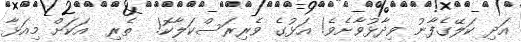
އަދި ކަލޭގެފާނު ވިދާޅުވާށެވެ! އަޅުގެ ވެރިރަސްކަލާކޮ!  ތެރި  އަކަށް މިއަޅާ